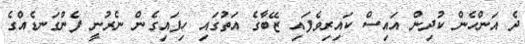
ދެ އަންހެން ކުދިން އައިސް ކައިރިވެފައި ޒޭބާގެ އަތުގައި ހިފައިގެން ނެރުނީ ފެންގަނޑެއްގެ